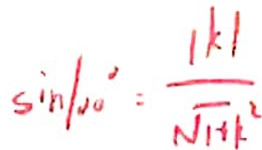
\sin 1 0 0 \circ = \frac { \vert k \vert } { \sqrt { 1 + k ^ { 2 } } }